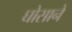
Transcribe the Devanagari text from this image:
घोसाने